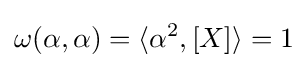
\omega (\alpha ,\alpha )=\langle \alpha ^{2},[X]\rangle =1